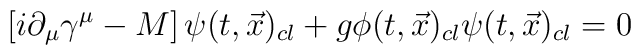
\left[i \partial_{\mu}\gamma^{\mu} - M\right]\psi(t,{\vec x})_{cl} +g \phi(t,{\vec x})_{cl} \psi(t,{\vec x})_{cl} = 0